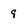
Character: 9